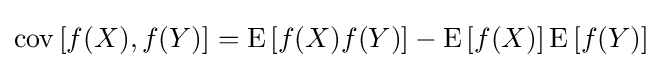
\operatorname {cov} \left[f(X),f(Y)\right]=\operatorname {E} \left[f(X)f(Y)\right]-\operatorname {E} \left[f(X)\right]\operatorname {E} \left[f(Y)\right]